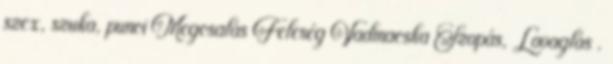
szex, szuka, punci Megcsalás Feleség Vadmacska Szopás, Lovaglás .